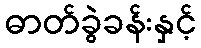
ဓာတ်ခွဲခန်းနှင့်